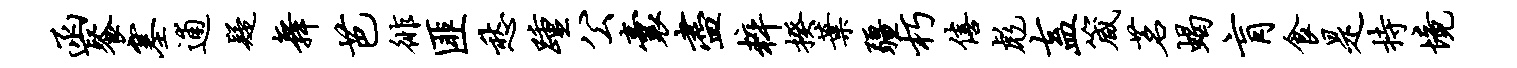
函餐塞逋疑舞芭徘匪愁踵公囊尽粹揆叶疆朽僖彪盍箴茗蝎肓食是持境